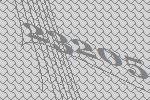
23205